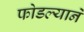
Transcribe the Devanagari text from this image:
फोडल्याने